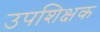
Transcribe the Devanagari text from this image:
उपशिक्षक